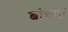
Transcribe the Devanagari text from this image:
बांधवा